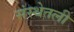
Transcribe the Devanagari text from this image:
संस्थेतली